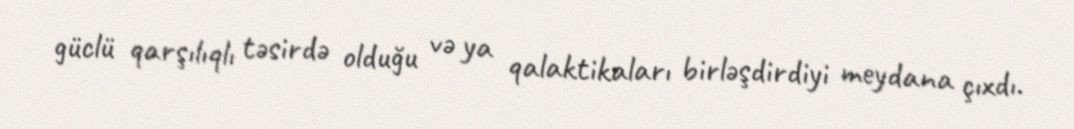
güclü qarşılıqlı təsirdə olduğu və ya qalaktikaları birləşdirdiyi meydana çıxdı.